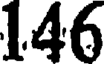
146